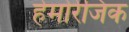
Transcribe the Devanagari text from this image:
हेमोरेजिक